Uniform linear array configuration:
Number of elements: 16
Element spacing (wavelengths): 0.25
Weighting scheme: kaiser
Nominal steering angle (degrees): -30
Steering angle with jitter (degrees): -30.602
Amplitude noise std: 0.05
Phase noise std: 0.05

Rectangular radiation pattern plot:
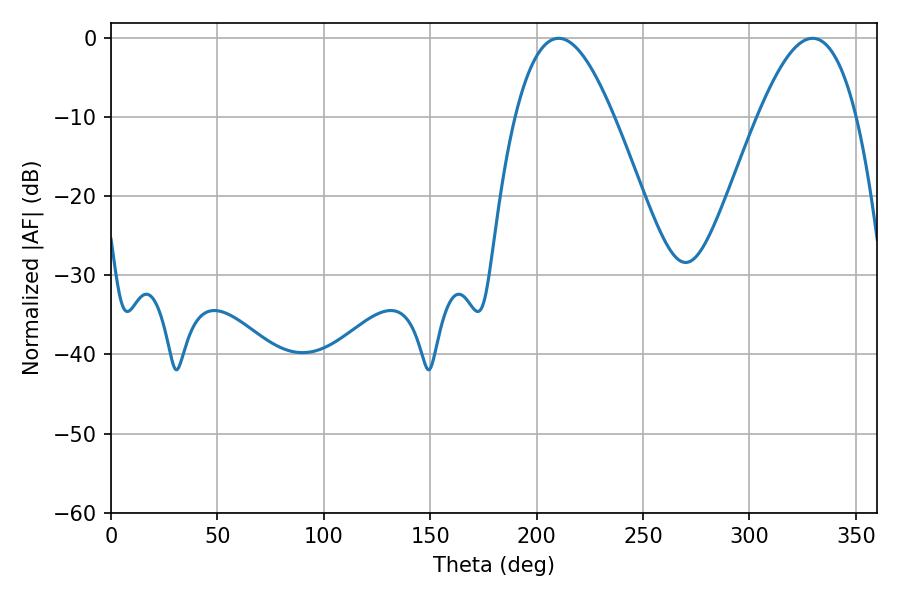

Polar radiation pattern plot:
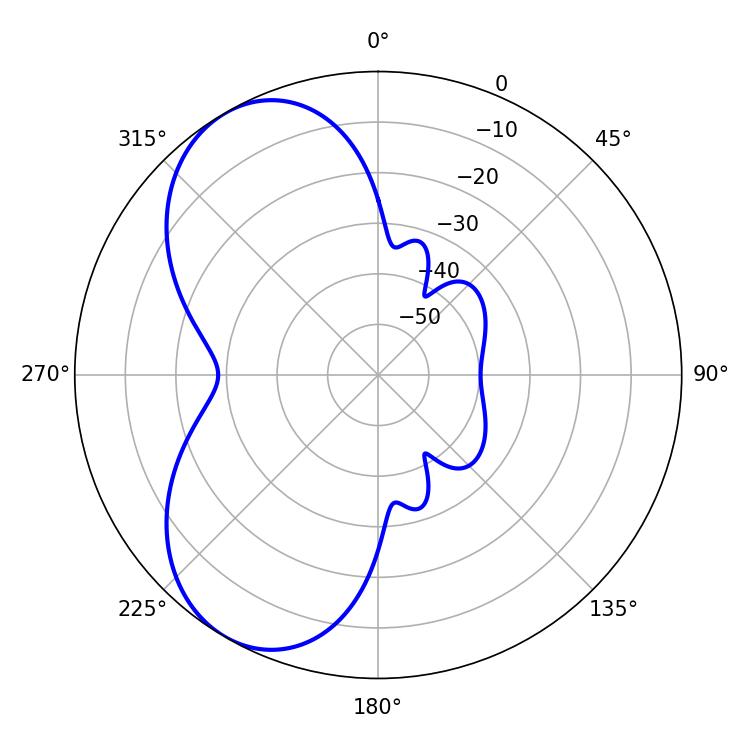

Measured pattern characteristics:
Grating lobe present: FALSE
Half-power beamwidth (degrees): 25.2
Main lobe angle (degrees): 210.42